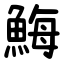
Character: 䱕